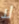
لا